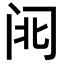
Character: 𮤱